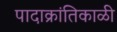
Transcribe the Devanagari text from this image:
पादाक्रांतिकाळी